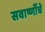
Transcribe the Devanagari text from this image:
सवाष्णींचे